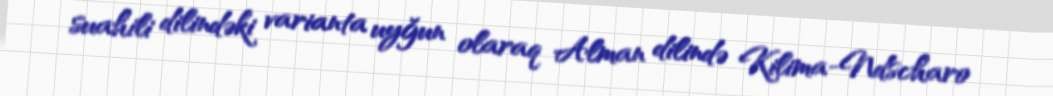
suahili dilindəki varianta uyğun olaraq Alman dilində Kilima-Ndscharo